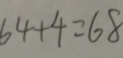
6 4 + 4 = 6 8